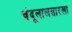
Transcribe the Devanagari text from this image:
चंदूलालसारखा